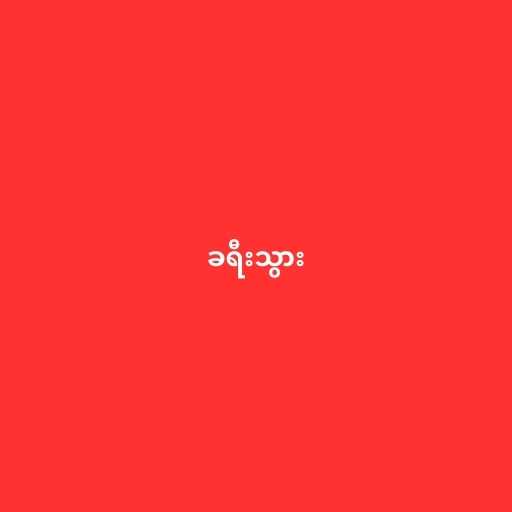
ခရီးသွား